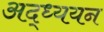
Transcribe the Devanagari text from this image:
अद्ध्ययन